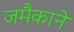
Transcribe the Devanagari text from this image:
जमैकाने